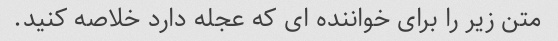
متن زیر را برای خواننده ای که عجله دارد خلاصه کنید.